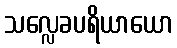
သလ္လေခပရိယာယော